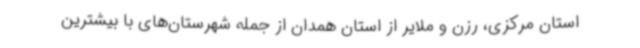
استان مرکزی، رزن و ملایر از استان همدان از جمله شهرستان‌های با بیشترین